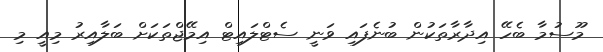
މޫސުމާ ބެހޭ އިދާރާތަކުން ބުނެފައި ވަނީ ސެޓްލައިޓް އިމޭޖްތަކަށް ބަލާއިރު މިއީ މި